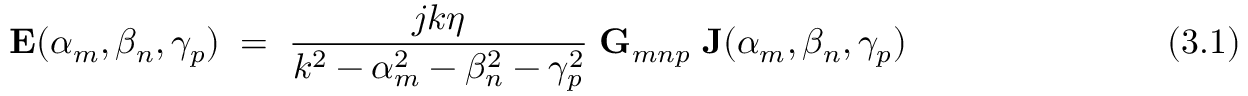
\mathbf { E } ( \alpha _ { m } , \beta _ { n } , \gamma _ { p } ) ~ = ~ { \frac { j k \eta } { k ^ { 2 } - \alpha _ { m } ^ { 2 } - \beta _ { n } ^ { 2 } - \gamma _ { p } ^ { 2 } } } ~ \mathbf { G } _ { m n p } ~ \mathbf { J } ( \alpha _ { m } , \beta _ { n } , \gamma _ { p } ) ~ ~ ~ ~ ~ ~ ~ ~ ~ ~ ~ ~ ~ ~ ~ ~ ~ ~ ~ ~ ~ ~ ~ ~ ~ ( 3 . 1 )